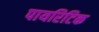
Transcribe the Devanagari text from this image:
पायरिटिक